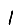
Digit: 1